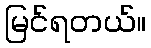
မြင်ရတယ်။